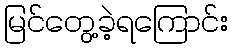
မြင်တွေ့ခဲ့ရကြောင်း